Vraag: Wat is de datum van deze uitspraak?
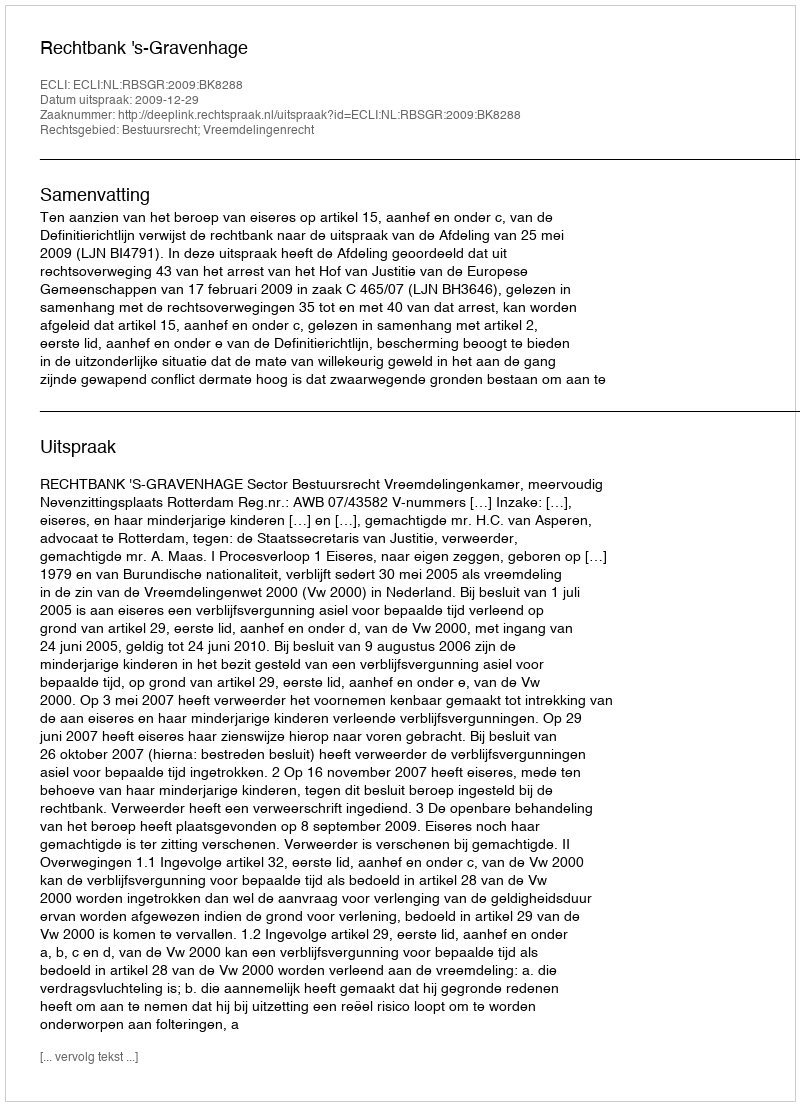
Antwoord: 2009-12-29